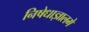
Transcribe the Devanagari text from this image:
निषेधाज्ञालगे